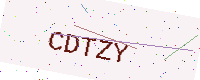
Text: CDTZY